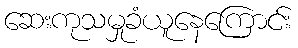
ဆေးကုသမှုခံယူနေကြောင်း